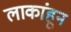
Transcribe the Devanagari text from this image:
लाकांहून